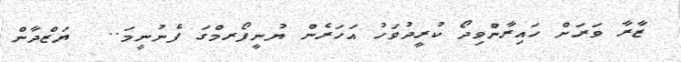
ޒާރާ ވަރަށް ހައިރާންވިދޯ ކުރީދުވަހު އަހަރެން ޔުނީފޯރމްގަ ފެނުނީމަ..  ޔަޒްދާން